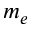
m _ { e }